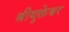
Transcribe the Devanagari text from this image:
श्रीयुक्तेश्वर